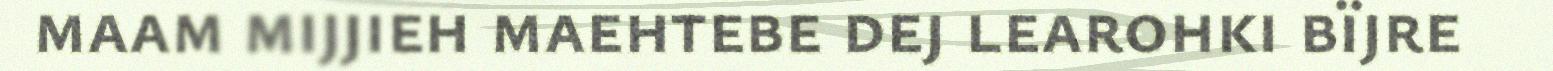
maam mijjieh maehtebe dej learohki bïjre